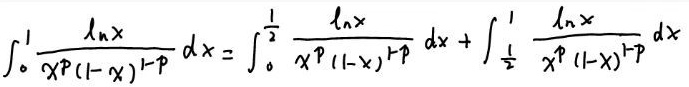
\[ \int_{0}^{1} \frac{\ln x}{x^{p}(1 - x)^{1 - p}} dx = \int_{0}^{\frac{1}{2}} \frac{\ln x}{x^{p}(1 - x)^{1 - p}} dx + \int_{\frac{1}{2}}^{1} \frac{\ln x}{x^{p}(1 - x)^{1 - p}} dx \]